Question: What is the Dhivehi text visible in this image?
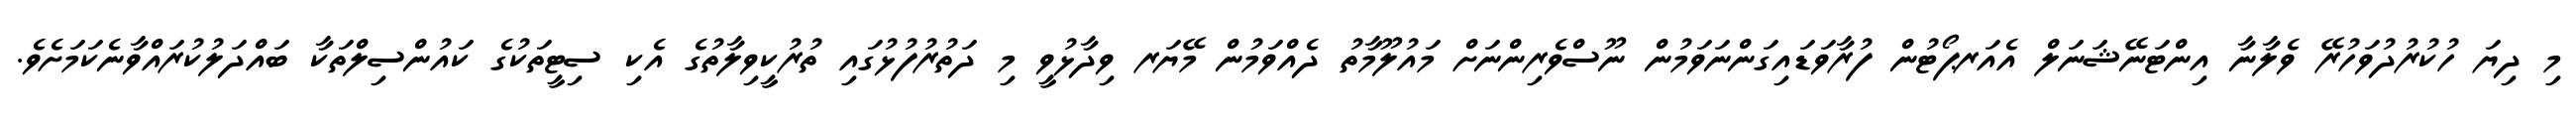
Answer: މި ދިޔަ ހުކުރުދުވަހުރޭ ވެލާނާ އިންޓަނޭޝަނަލް އެއަރޕޯޓުން ފުރާވަޑައިގަންނަވަމުން ނޫސްވެރިންނަށް މައުލޫމާތު ދެއްވަމުން މޭޔަރ ވިދާޅުވީ މި ދަތުރުފުޅުގައި ތުރުކީވިލާތުގެ އެކި ސިޓީތަކުގެ ކައުންސިލްތަކާ ބައްދަލުކުރައްވާނެކަމަށެވެ.